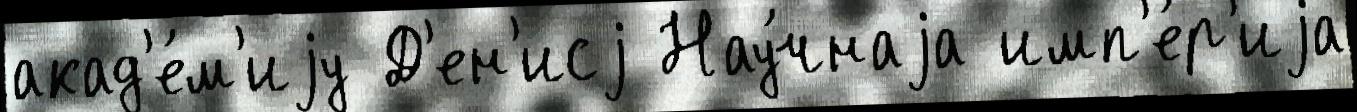
акад'е́м'иjу Д'ен'исj Нау́чнаjа имп'е́р'иjа